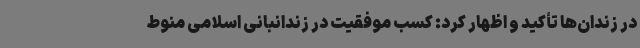
در زندان‌ها تأکید و اظهار کرد: کسب موفقیت در زندانبانی اسلامی منوط